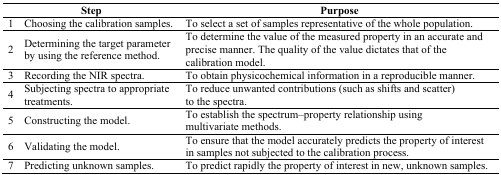
<table><thead><tr><td colspan="2"><b>Step</b></td><td><b>Purpose</b></td></tr></thead><tbody><tr><td>1</td><td>Choosing the calibration samples.</td><td>To select a set of samples representative of the whole population.</td></tr><tr><td>2</td><td>Determining the target parameter by using the reference method.</td><td>To determine the value of the measured property in an accurate and precise manner. The quality of the value dictates that of the calibration model.</td></tr><tr><td>3</td><td>Recording the NIR spectra.</td><td>To obtain physicochemical information in a reproducible manner.</td></tr><tr><td>4</td><td>Subjecting spectra to appropriate treatments.</td><td>To reduce unwanted contributions (such as shifts and scatter) to the spectra.</td></tr><tr><td>5</td><td>Constructing the model.</td><td>To establish the spectrum–property relationship using multivariate methods.</td></tr><tr><td>6</td><td>Validating the model.</td><td>To ensure that the model accurately predicts the property of interest in samples not subjected to the calibration process.</td></tr><tr><td>7</td><td>Predicting unknown samples.</td><td>To predict rapidly the property of interest in new, unknown samples.</td></tr></tbody></table>